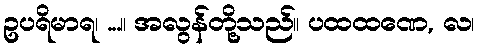
ဥပရိမာရ၊ ...။ အလွန်တို့သည်။ ပထထဏေ, လ၊